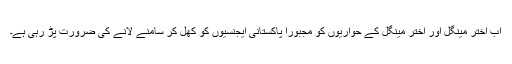
اب اختر مینگل اور اختر مینگل کے حواریوں کو مجبورآ پاکستانی ایجنسیوں کو کھل کر سامنے لانے کی ضرورت پڑ رہی ہے۔